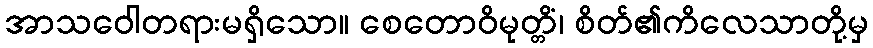
အာသဝေါတရားမရှိသော။ စေတောဝိမုတ္တိံ၊ စိတ်၏ကိလေသာတို့မှ